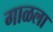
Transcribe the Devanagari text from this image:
गाळला